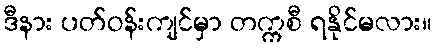
ဒီနား ပတ်ဝန်းကျင်မှာ တက္ကစီ ရနိုင်မလား။